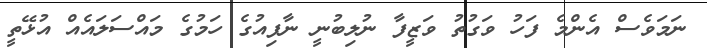
ނަމަވެސް އެންމެ ފަހު ވަގުތު ވަޒީފާ ނުލިބުނީ ނާފިއުގެ ހަމުގެ މައްސަލައެއް އުޅޭތީ